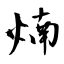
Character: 煵